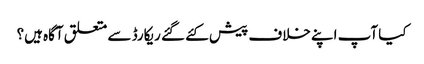
کیا آپ اپنے خلاف پیش کئے گئے ریکارڈ سے متعلق آگاہ ہیں؟